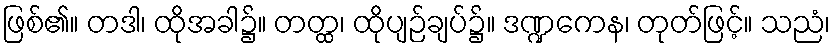
ဖြစ်၏။ တဒါ၊ ထိုအခါ၌။ တတ္ထ၊ ထိုပျဉ်ချပ်၌။ ဒဏ္ဍကေန၊ တုတ်ဖြင့်။ သညံ၊